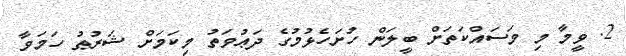
2. ވީމާ މި މަސައްކަތަށް ބީލަން ހުށަހެޅުމުގެ ދަޢުވަތު މިކަމަށް ޝަރުޠު ހަމަވާ